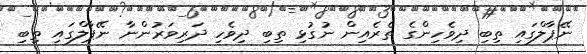
ނޭޕާލްގައި ތިބި ދިވެހިންގެ ތެރެއިން ނުގުޅި ތިބި ދިވެހި ދަރިވަރުންނާ ނޭޕާލްގައި ތިބި